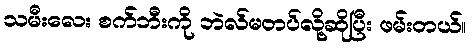
သမီးလေး စက်ဘီးကို ဘဲလ်မတပ်လို့ဆိုပြီး ဖမ်းတယ်။